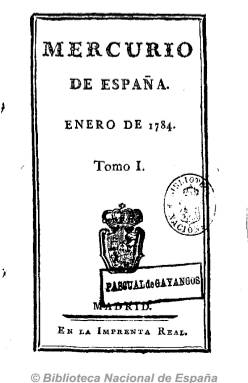
Título: Mercurio de España
Colección: Revistas de información general
Ámbito geográfico: Madrid
Lugar de publicación: Madrid
Fechas: 01/01/1784-31/12/1830

Es el título adoptado, a partir de enero de 1784, por el Mercurio histórico y político (cuya colección forma parte también de la colección de la Biblioteca Nacional de España), fundado en 1738 por el escritor y periodista Salvador José Mañer (1676-1751), y que en 1756 había pasado a depender oficialmente de la Secretaría de Estado, que lo venía financiando y nombrando a sus redactores responsables o directores. En febrero de 1791 quedará al margen de la suspensión de la prensa española –junto a la también oficial Gazeta de Madrid (1661) y el Diario de Madrid (1788)- dictada por Floridablanca como “cordón sanitario” contra los acontecimientos revolucionarios que se estaban produciendo en Francia. Aún así, el Mercurio silenciará los hechos que abocan a la desaparición de la dinastía borbónica en el vecino país. A partir de 1799 el poeta y periodista Nicasio Álvarez Cienfuegos (1764-1809) será su nuevo redactor principal, como oficial que era de la Secretaría de Estado.

Cada primera entrega anual la inicia con un discurso preliminar dedicado al estado político de Europa del año anterior. Su primera parte son artículos y crónicas sobre los sucesos y los acontecimientos políticos que se convertirán posteriormente en históricos (guerras en América, Europa o Asía, y los progresos en las políticas de los diferentes Estados europeos, sus coronas y sus gobiernos, textos jurídicos, como tratados internacionales, etc.). Así, sus diferentes epígrafes serán Noticias de Turquía, Italia, Francia, Alemania, Gran Bretaña, etc., datadas en sus diferentes y principales capitales (Constantinopla, Roma, Nápoles, Florencia, París, Viena o Londres, entre otras).

La segunda parte de cada número la dedica a Noticias de España, datadas tanto en Madrid como en las principales ciudades y capitales del país, al tener correspondencia de provincias. Son crónicas y noticias sobre los eventos en la Corte y la actividad administrativa civil y militar del Estado (nombramientos, etc.), así como de la producción intelectual del país, especialmente bibliográfica, además de necrológicas e, incluso, algunos anuncios comerciales.

En suma, sus contenidos son crónicas y artículos, reflexiones sobre la actualidad y el devenir de los Estados europeos, que amplía también a los de la América española, noticias oficiales de España y comentarios y artículos sobre asuntos varios (economía, agricultura, ejército, religión política, cultura, sociedades económicas y academias españolas, etc.).

En 1804 empezó a publicarse con frecuencia quincenal, y en octubre 1807, el Mercurio desaparecerá por real decreto hasta que en junio de 1815 anuncie su reaparición. También desaparece entre agosto de 1821 y junio de 1824. Otra vez con periodicidad mensual, sus contenidos seguirán divididos en dos partes. La primera dedicada a los asuntos de política internacional (documentos jurídicos, piezas diplomáticas, etc.), y la segunda de la española, bajo el epígrafe “Parte literaria”, compuesta por ensayos y artículos sobre ciencias, artes, política, literatura, cultura, economía, divulgación técnica y agraria (precios de los granos, etc.), de la administración civil y militar del Estado, resúmenes históricos, textos jurídicos, así como una crónica de actualidad mensual.

Con menor difusión que la Gazeta, el Mercurio estuvo dirigido a un público integrado por funcionarios, clérigos y cortesanos, siendo leído por las minorías intelectuales. Fue una publicación de referencia, tanto por sus artículos y crónicas de la actividad política y cultural internacional y española, como por la riqueza documental que encierran sus tomos. Además de las suscripciones, su venta directa se estableció tanto en la Imprenta Real o de la Gaceta, como en Cádiz o en el Real Sitio de Aranjuez, para finalmente también venderse en las Administraciones de Correos de provincias.

Se trata de uno de los periódicos españoles más longevos, que traspasa la centuria dieciochesca, hasta su desaparición en diciembre de 1830, editado en entregas en torno al centenar de páginas cada una, compuestas a una columna y con paginación anual continuada, y que llega a incluir índices al final y que varió también su formato. Fue estampado en la Imprenta Real, y su cabecera estuvo acompañada por un grabado con el escudo de España. Incluyó en sus páginas interiores algunos otros grabados y también cuadros estadísticos.